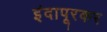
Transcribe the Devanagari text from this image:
इंदापूरकर